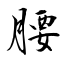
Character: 腰